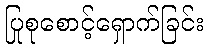
ပြုစုစောင့်ရှောက်ခြင်း